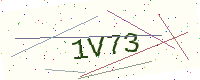
Text: 1V73